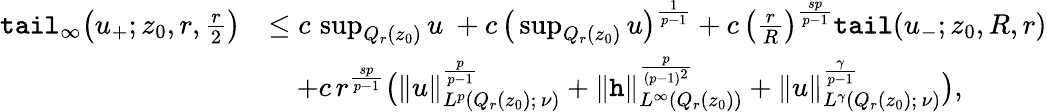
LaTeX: \begin{array}{rl}{\textup{\texttt{tail}}_{\infty}\big(u_{+};z_{0},r,\frac{r}{2}\big)}&{\le c\, \operatorname*{sup}_{Q_{r}(z_{0})}u\ +c\, \big(\operatorname*{sup}_{Q_{r}(z_{0})}u\big)^{\frac{1}{p-1}}+c\, \left(\frac{r}{R}\right)^{\frac{sp}{p-1}}\textup{\texttt{tail}}(u_{-};z_{0},R,r)}\\ &{\quad+c\, r^{\frac{sp}{p-1}}\big(\| u\| _{L^{p}(Q_{r}(z_{0});\, \nu)}^{\frac{p}{p-1}}+\| \mathtt{h}\| _{L^{\infty}(Q_{r}(z_{0}))}^{\frac{p}{(p-1)^{2}}}+\| u\| _{L^{\gamma}(Q_{r}(z_{0});\, \nu)}^{\frac{\gamma}{p-1}}\big),}\end{array}